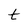
Character: t